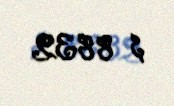
$ 8832